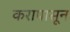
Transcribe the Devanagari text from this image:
करापासून